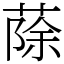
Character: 蒢